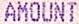
AMOUNT